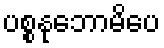
ပစ္စနုဘောမိပေ